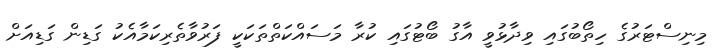
މިނިސްޓަރުގެ ހިތޯބުގައި ވިދާޅުވީ އާގު ބޯޓުގައި ކުރާ މަސައްކަތްތަކަކީ ފަރުވާތެރިކަމާއެކު ގަޑިން ގަޑިއަށް